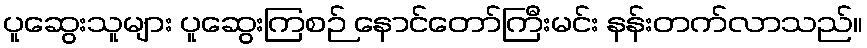
ပူဆွေးသူများ ပူဆွေးကြစဉ် နောင်တော်ကြီးမင်း နန်းတက်လာသည်။